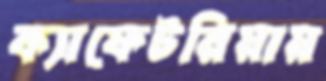
ক্যাফেটরিয়ায়